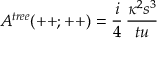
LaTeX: { \cal A } ^ { t r e e } ( + + ; + + ) = { \frac { i } { 4 } } \, { \frac { \kappa ^ { 2 } s ^ { 3 } } { t u } }